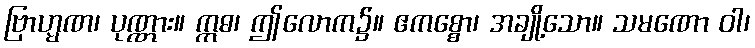
ဗြာဟ္မဏ၊ ပုဏ္ဏား။ ဣဓ၊ ဤလောက၌။ ဧကစ္စော၊ အချို့သော။ သမဏော ဝါ၊